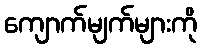
ကျောက်မျက်များကို